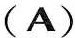
(A)